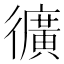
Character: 𭜉